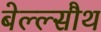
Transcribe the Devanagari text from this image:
बेल्ल्सौथ